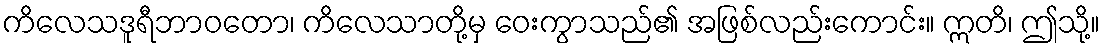
ကိလေသဒူရီဘာဝတော၊ ကိလေသာတို့မှ ဝေးကွာသည်၏ အဖြစ်လည်းကောင်း။ ဣတိ၊ ဤသို့။